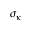
\sigma _ { \kappa }